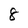
Character: 8